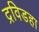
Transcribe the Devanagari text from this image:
द्रविडहा